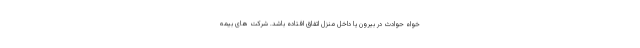
خواه حوادث در بیرون یا داخل منزل اتفاق افتاده باشد. شرکت های بیمه